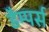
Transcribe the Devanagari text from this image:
डैम्पर्स